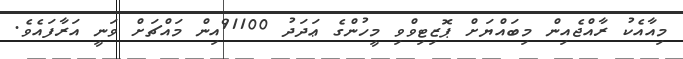
މިއާއެކު ރާއްޖެއިން މިބައްޔަށް ޕޮޒިޓިވްވި މީހުންގެ ޢަދަދު 91100އިން މައްޗަށް ވަނީ އަރާފައެވެ.